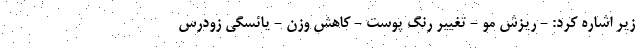
زیر اشاره کرد: - ریزش مو - تغییر رنگ پوست - کاهش وزن - یائسگی زودرس